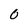
Character: O